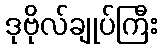
ဒုဗိုလ်ချုပ်ကြီး